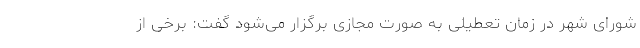
شورای شهر در زمان تعطیلی به صورت مجازی برگزار می‌شود گفت: ‌برخی از